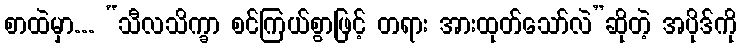
စာထဲမှာ... “သီလသိက္ခာ စင်ကြယ်စွာဖြင့် တရား အားထုတ်သော်လဲ”ဆိုတဲ့ အပိုဒ်ကို